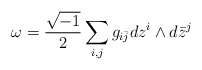
\begin{align*}\omega = \frac{\sqrt{-1}}{2} \sum_{i,j} g_{i\bar j} d z^i \wedge d\bar z^j\end{align*}